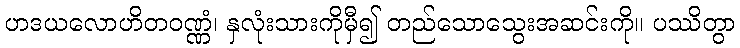
ဟဒယလောဟိတဝဏ္ဏံ၊ နှလုံးသားကိုမှီ၍ တည်သောသွေးအဆင်းကို။ ပဿိတွာ